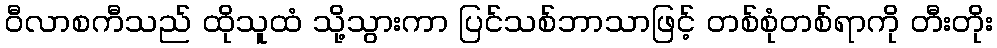
ဝီလာစကီသည် ထိုသူထံ သို့သွားကာ ပြင်သစ်ဘာသာဖြင့် တစ်စုံတစ်ရာကို တီးတိုး